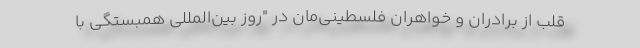
قلب از برادران و خواهران فلسطینی‌مان در "روز بین‌المللی همبستگی با